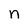
Character: n